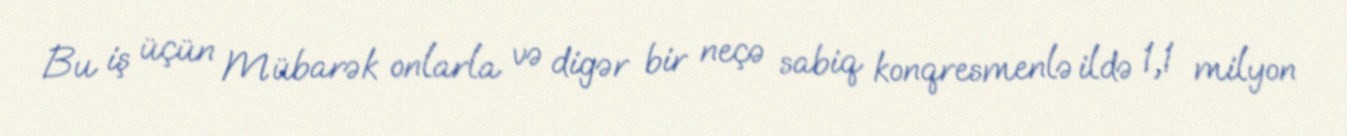
Bu iş üçün Mübarək onlarla və digər bir neçə sabiq konqresmenlə ildə 1,1 milyon